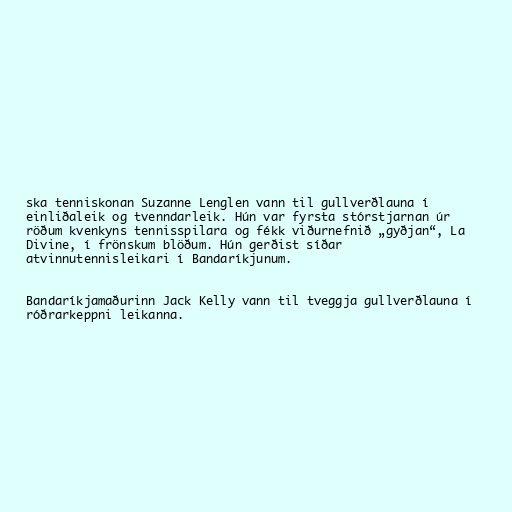
ska tenniskonan Suzanne Lenglen vann til gullverðlauna í
einliðaleik og tvenndarleik. Hún var fyrsta stórstjarnan úr
röðum kvenkyns tennisspilara og fékk viðurnefnið „gyðjan“, La
Divine, í frönskum blöðum. Hún gerðist síðar
atvinnutennisleikari í Bandaríkjunum.

Bandaríkjamaðurinn Jack Kelly vann til tveggja gullverðlauna í
róðrarkeppni leikanna.